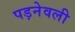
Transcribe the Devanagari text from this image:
पड़नेवली